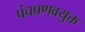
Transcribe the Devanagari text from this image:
पंचप्रणवयुक्त